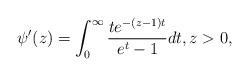
LaTeX: \begin{align*} \psi'(z) = \int_0^{\infty} \frac{te^{-(z - 1)t}}{e^t - 1} dt, z > 0, \end{align*}